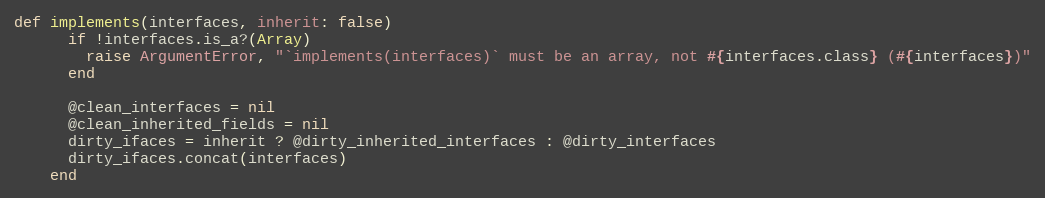
Language: Ruby
def implements(interfaces, inherit: false)
      if !interfaces.is_a?(Array)
        raise ArgumentError, "`implements(interfaces)` must be an array, not #{interfaces.class} (#{interfaces})"
      end

      @clean_interfaces = nil
      @clean_inherited_fields = nil
      dirty_ifaces = inherit ? @dirty_inherited_interfaces : @dirty_interfaces
      dirty_ifaces.concat(interfaces)
    end